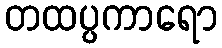
တထပ္ပကာရော